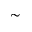
\sim